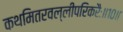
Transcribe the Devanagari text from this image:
कथमितरवल्लीपरिकरैः॥१०॥